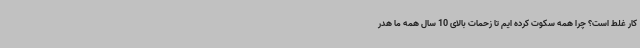
کار غلط است؟ چرا همه سکوت کرده ایم تا زحمات بالای 10 سال همه ما هدر